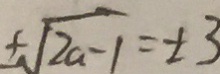
\pm \sqrt { 2 a - 1 } = \pm 3